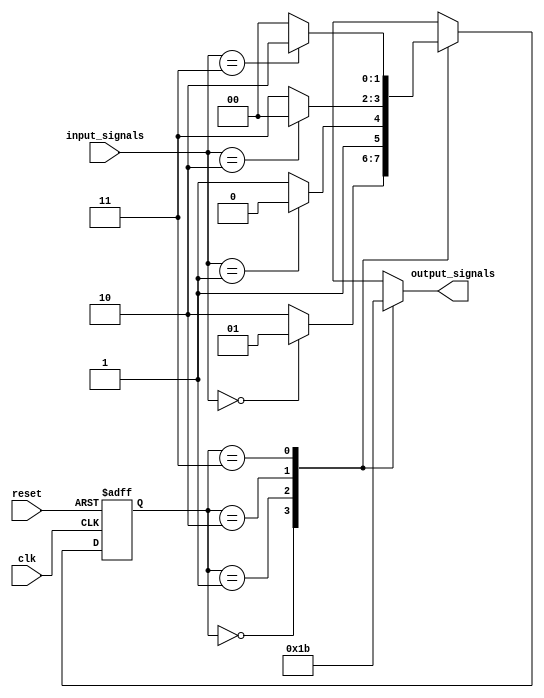
module finite_state_machine (
    input wire clk,
    input wire reset,
    input wire [1:0] input_signals,
    output reg [1:0] output_signals
);

// Define state variables
reg [1:0] current_state;
reg [1:0] next_state;

// State transition diagram
parameter STATE_A = 2'b00;
parameter STATE_B = 2'b01;
parameter STATE_C = 2'b10;
parameter STATE_D = 2'b11;

// State transition conditions
always @(*) begin
    case (current_state)
        STATE_A: begin
            if (input_signals == 2'b00)
                next_state = STATE_B;
            else
                next_state = STATE_C;
        end
        STATE_B: begin
            if (input_signals == 2'b01)
                next_state = STATE_C;
            else
                next_state = STATE_D;
        end
        STATE_C: begin
            if (input_signals == 2'b10)
                next_state = STATE_A;
            else 
                next_state = STATE_D;
        end
        STATE_D: begin
            if (input_signals == 2'b11)
                next_state = STATE_C;
            else
                next_state = STATE_A;
        end
    endcase
end

// Output logic
always @(*) begin
    case (current_state)
        STATE_A: output_signals = 2'b00;
        STATE_B: output_signals = 2'b01;
        STATE_C: output_signals = 2'b10;
        STATE_D: output_signals = 2'b11;
    endcase
end

// State register and clocked process
always @(posedge clk or posedge reset) begin
    if (reset)
        current_state <= STATE_A;
    else
        current_state <= next_state;
end

endmodule